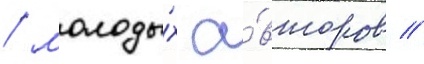
/ молоды́х а́второв //